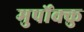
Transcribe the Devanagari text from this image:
मुर्पोक्कु